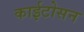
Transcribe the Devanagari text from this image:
काईटोसन